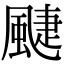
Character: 𩗳